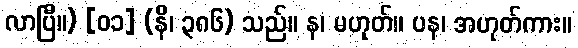
လာပြီ။) [၀၁] (နိ၊ ၃၈၆) သည်။ န၊ မဟုတ်။ ပန၊ အဟုတ်ကား။